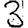
Digit: 3